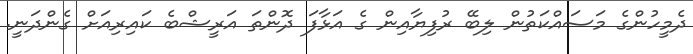
ދެމީހުންގެ މަސައްކަތުން ލިބޭ ރުފިޔާއިން ގެ އަޅާފަ ދޮންތަ އަރީޝްބެ ކައިރިއަށް ގެންދަނީ.